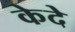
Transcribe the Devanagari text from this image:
केदे